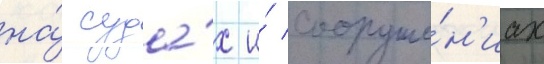
на́ суда́х и́ сооруже́н'иах